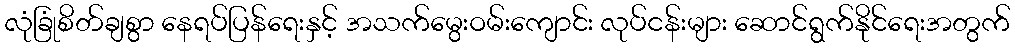
လုံခြုံစိတ်ချစွာ နေရပ်ပြန်ရေးနှင့် အသက်မွေးဝမ်းကျောင်း လုပ်ငန်းများ ဆောင်ရွက်နိုင်ရေးအတွက်